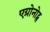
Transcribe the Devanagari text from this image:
एग्रोनोट्स